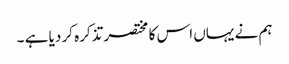
ہم نے یہاں اس کا مختصر تذکرہ کر دیا ہے ۔